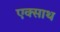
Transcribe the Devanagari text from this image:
एक्साथ